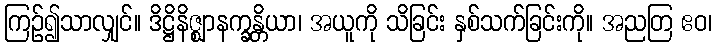
ကြဉ်၍သာလျှင်။ ဒိဋ္ဌိနိဇ္ဈာနက္ခန္တိယာ၊ အယူကို သိခြင်း နှစ်သက်ခြင်းကို။ အညတြ ဧဝ၊